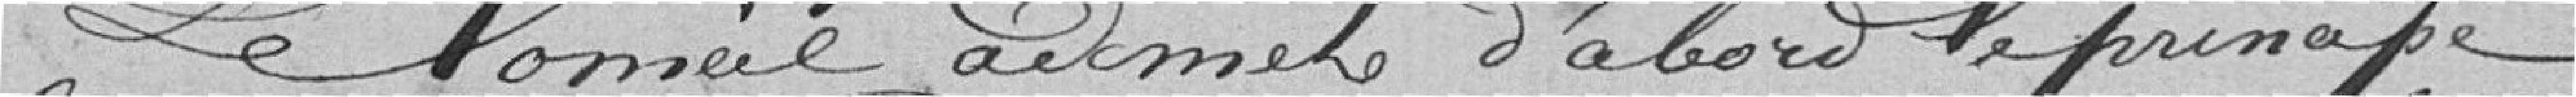
Le Conseil admet d'abord le principe